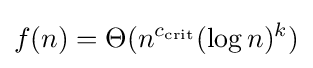
f(n)=\Theta (n^{c_{\operatorname {crit} }}(\log n)^{k})